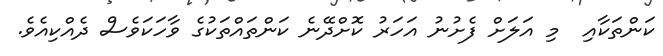
ކަންތަކާއި  މި އަލަށް ފެށުނު އަހަރު ކޮށްދޭނެ ކަންތައްތަކުގެ ވާހަކަވެސް ދެއްކިއެވެ.